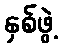
နှစ်ဖွဲ့